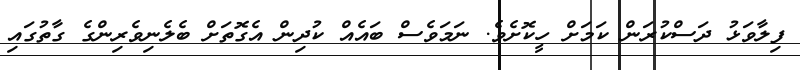
ފިލާވަޅު ދަސްކުރަން ކަމަށް ހީކޮށެވެ. ނަމަވެސް ބައެއް ކުދިން އެގޮތަށް ބެލެނިވެރިންގެ ގާތުގައި